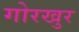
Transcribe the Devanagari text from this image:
गोरखुर